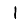
Digit: 1